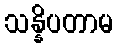
သန္နိပတာမ